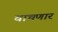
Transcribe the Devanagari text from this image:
वाचणार